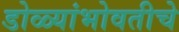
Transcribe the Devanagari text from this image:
डोळ्यांभोवतीचे